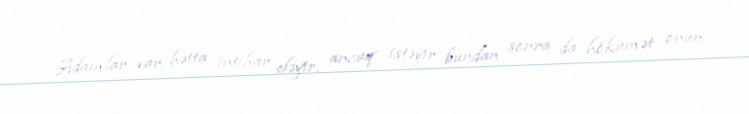
Adamlar var, hətta intihar eləyir, ancaq istəyir bundan sonra da hökumət onun